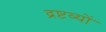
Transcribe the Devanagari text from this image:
द्रष्टव्यों